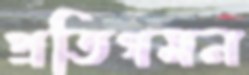
প্রতিগমন